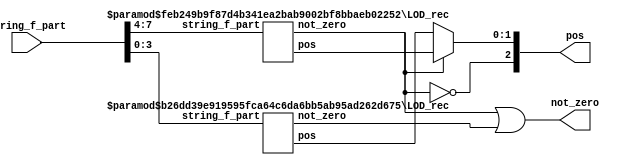
module LOD_rec #(
    parameter LOD_REC_NUM       = 0, //от нуля до 3х получается слева-направо
    parameter DATA_WIDTH_CURR   = 8, //пусть гарантированно является степенью двойки
    parameter POS_WIDTH         = $clog2(DATA_WIDTH_CURR), //это лучше не трогать
    parameter POS_PREV_WIDTH    = POS_WIDTH - 1
)(
    input   [DATA_WIDTH_CURR - 1 : 0]   string_f_part,
    output  [POS_WIDTH - 1 : 0]         pos,
    output                              not_zero
);

    generate
        if(DATA_WIDTH_CURR > 2) begin
            wire    [POS_PREV_WIDTH - 1 : 0]    pos_prev_0;
            wire    [POS_PREV_WIDTH - 1 : 0]    pos_prev_1;
            wire                                not_zero_prev_0;
            wire                                not_zero_prev_1;

            assign not_zero = not_zero_prev_0 | not_zero_prev_1;

            wire    [POS_PREV_WIDTH - 1 : 0]    pos_choice =
                (not_zero_prev_0) ? pos_prev_0 : pos_prev_1;

            assign pos = {~not_zero_prev_0, pos_choice};

            localparam DATA_WIDTH_PREV      = DATA_WIDTH_CURR / 2;
            localparam LOD_REC_NUM_PREV_0   = LOD_REC_NUM;
            localparam LOD_REC_NUM_PREV_1   = LOD_REC_NUM + 1;

            wire    [DATA_WIDTH_PREV - 1 : 0]   string_f_part_prev_0 =
                string_f_part   [2 * DATA_WIDTH_PREV - 1 : DATA_WIDTH_PREV];
            wire    [DATA_WIDTH_PREV - 1 : 0]   string_f_part_prev_1 =
                string_f_part   [DATA_WIDTH_PREV - 1 : 0];

            LOD_rec #(
                .LOD_REC_NUM        (LOD_REC_NUM_PREV_0),
                .DATA_WIDTH_CURR    (DATA_WIDTH_PREV)
            ) LOD_rec_prev_0 (
                .string_f_part      (string_f_part_prev_0),
                .pos                (pos_prev_0),
                .not_zero           (not_zero_prev_0)
            );
            LOD_rec #(
                .LOD_REC_NUM        (LOD_REC_NUM_PREV_1),
                .DATA_WIDTH_CURR    (DATA_WIDTH_PREV)
            ) LOD_rec_prev_1 (
                .string_f_part      (string_f_part_prev_1),
                .pos                (pos_prev_1),
                .not_zero           (not_zero_prev_1)
            );
        end
        else if(DATA_WIDTH_CURR == 2) begin
            assign not_zero = string_f_part[1] | string_f_part[0];
            assign pos = (string_f_part[1]) ? 0 : 1;
        end
    endgenerate

endmodule